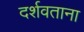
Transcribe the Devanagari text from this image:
दर्शवताना